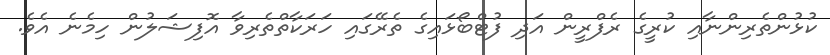
ކުޅުންތެރިންނާއި ކުރީގެ ރެފްރީން އަދި ފުޓްބޯޅައިގެ ތެރޭގައި ހަރަކާތްތެރިވާ އޮފިޝަލުން ހިމެނެ އެވެ.